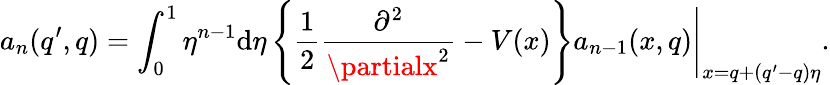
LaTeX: a_{n}(q^{\prime},q)=\int_{0}^{1}\eta^{n-1}\mathrm{d}\eta\left\{ \frac{{1}}{{2}}\frac{{\partial^{2}}}{{\partialx^{2}}}-V(x)\right\} a_{n-1}(x,q)\Biggl.\Biggr|_{x=q+(q^{\prime}-q)\eta}.